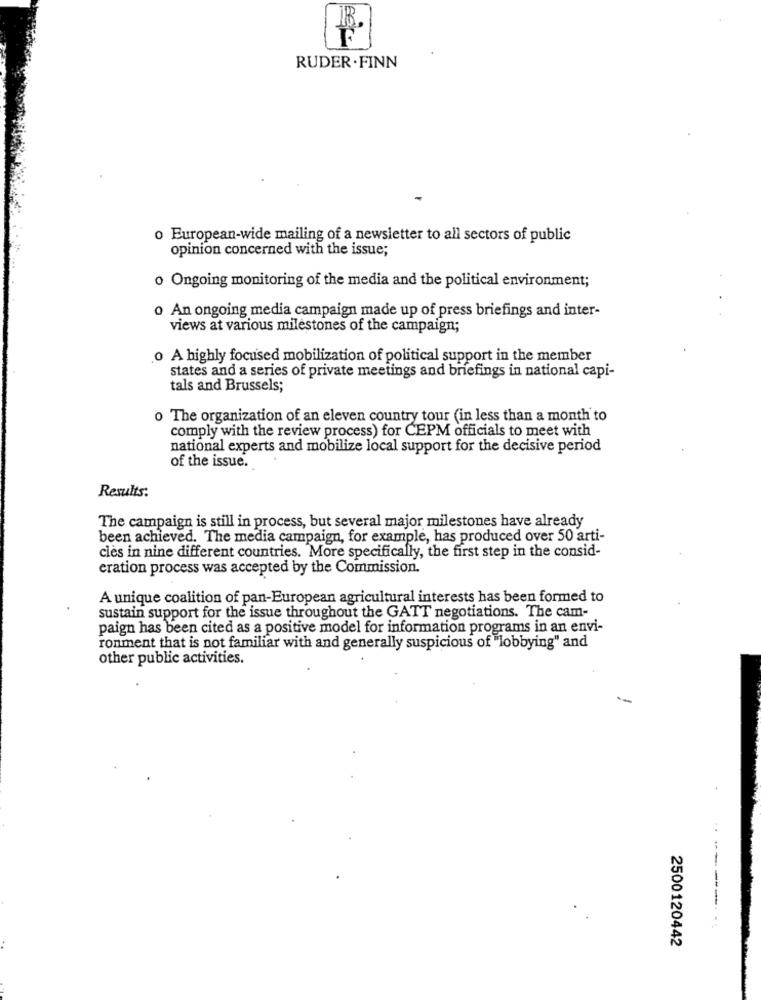
RUDER . FINN
o European-wide mailing of a newsletter to all sectors of public
opinion concerned with the issue;
o Ongoing monitoring of the media and the political environment;
o An ongoing media campaign made up of press briefings and inter-
views at various milestones of the campaign;
o A highly focused mobilization of political support in the member
states and a series of private meetings and briefings in national capi-
tals and Brussels;
o The organization of an eleven country tour (in less than a month to
comply with the review process) for CEPM officials to meet with
national experts and mobilize local support for the decisive period
of the issue.
Results:
The campaign is still in process, but several major milestones have already
been achieved. The media campaign, for example, has produced over 50 arti-
cles in nine different countries. More specifically, the first step in the consid-
eration process was accepted by the Commission.
A unique coalition of pan-European agricultural interests has been formed to
sustain support for the issue throughout the GATT negotiations. The cam-
paign has been cited as a positive model for information programs in an envi-
ronment that is not familiar with and generally suspicious of "lobbying" and
other public activities.
--------
2500120442